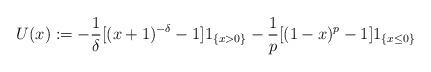
LaTeX: \begin{align*}U(x):=-\frac{1}{\delta}[ (x+1)^{-\delta}-1]1_{\{x>0\}} -\frac{1}{p}[ (1-x)^{p}-1]1_{\{x\leq 0\}}\end{align*}